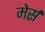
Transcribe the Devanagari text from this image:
मेर्स